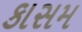
કાસમ